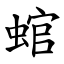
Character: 䗆